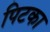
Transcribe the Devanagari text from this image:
पिटका